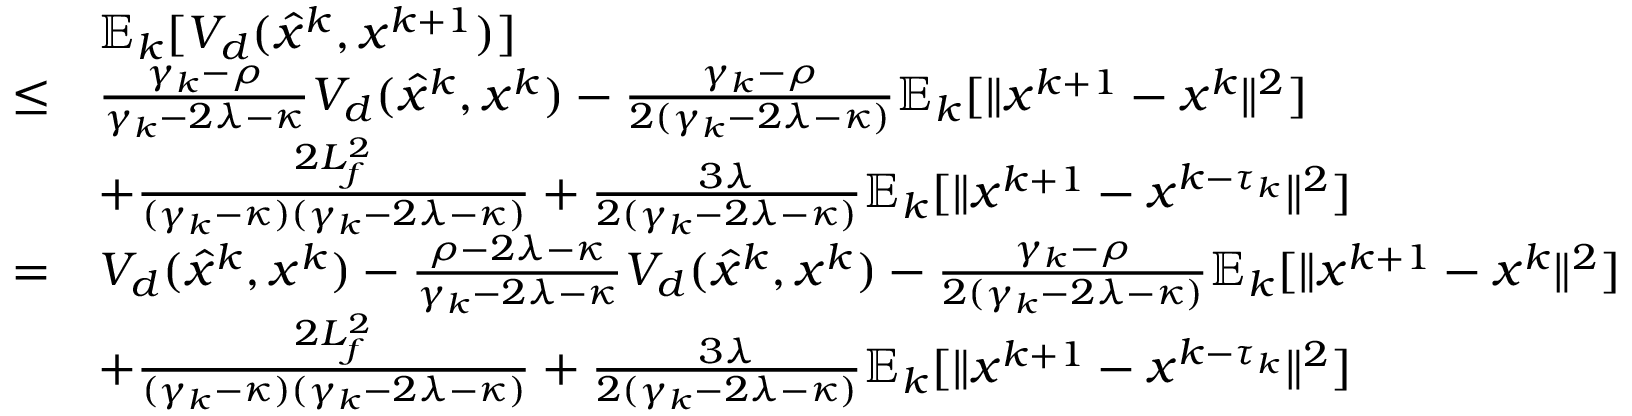
\begin{array} { r l } & { \mathbb { E } _ { k } [ V _ { d } ( \hat { x } ^ { k } , x ^ { k + 1 } ) ] } \\ { \leq } & { \frac { \gamma _ { k } - \rho } { \gamma _ { k } - 2 \lambda - \kappa } V _ { d } ( \hat { x } ^ { k } , x ^ { k } ) - \frac { \gamma _ { k } - \rho } { 2 ( \gamma _ { k } - 2 \lambda - \kappa ) } \mathbb { E } _ { k } [ \| x ^ { k + 1 } - x ^ { k } \| ^ { 2 } ] } \\ & { + \frac { 2 L _ { f } ^ { 2 } } { ( \gamma _ { k } - \kappa ) ( \gamma _ { k } - 2 \lambda - \kappa ) } + \frac { 3 \lambda } { 2 ( \gamma _ { k } - 2 \lambda - \kappa ) } \mathbb { E } _ { k } [ \| x ^ { k + 1 } - x ^ { k - \tau _ { k } } \| ^ { 2 } ] } \\ { = } & { V _ { d } ( \hat { x } ^ { k } , x ^ { k } ) - \frac { \rho - 2 \lambda - \kappa } { \gamma _ { k } - 2 \lambda - \kappa } V _ { d } ( \hat { x } ^ { k } , x ^ { k } ) - \frac { \gamma _ { k } - \rho } { 2 ( \gamma _ { k } - 2 \lambda - \kappa ) } \mathbb { E } _ { k } [ \| x ^ { k + 1 } - x ^ { k } \| ^ { 2 } ] } \\ & { + \frac { 2 L _ { f } ^ { 2 } } { ( \gamma _ { k } - \kappa ) ( \gamma _ { k } - 2 \lambda - \kappa ) } + \frac { 3 \lambda } { 2 ( \gamma _ { k } - 2 \lambda - \kappa ) } \mathbb { E } _ { k } [ \| x ^ { k + 1 } - x ^ { k - \tau _ { k } } \| ^ { 2 } ] } \end{array}